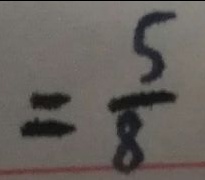
= \frac { 5 } { 8 }